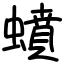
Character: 蟦